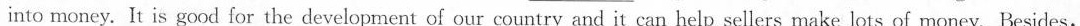
into money. It is good for the development of our country and it can help sellers make lots of money, Besides,